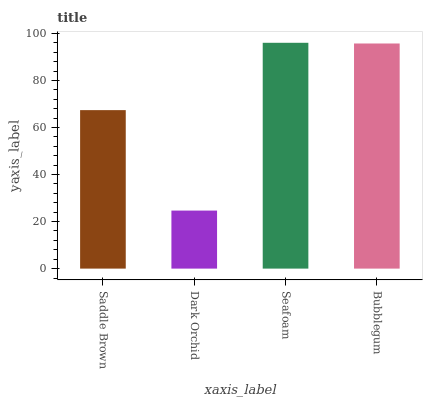
| xaxis_label | bars |
 | --- | --- |
 | Saddle Brown | 67.4 |
 | Dark Orchid | 24.7 |
 | Seafoam | 96 |
 | Bubblegum | 95.7 |